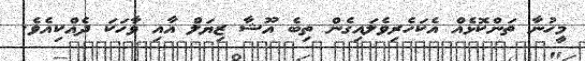
މީހުނާ ތަންކޮޅެއް އެކަހެރިވެލައިގެން ތިބެ އޫޝާ ޒިޔަލް އާއި ވާހަކަ ދެއްކިއެވެ.